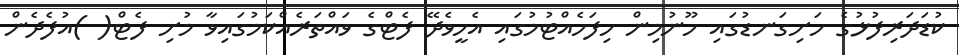
ކުޑަދަރިފުޅުގެ ހަށިގަނޑުގައި ހޫނުމިން ހިފަހެއްޓުމުގައި އެހީވެދޭ ފެޓްގެ ވައްތަރެއްކަމުގައިވާ މުށި ފެޓް( )އުފެދެން